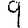
Digit: 9